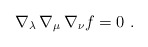
\begin{align*}\nabla_\lambda\,\nabla_\mu\,\nabla_\nu f = 0\ .\end{align*}